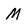
Character: M